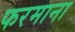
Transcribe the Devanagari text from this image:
फरमाना